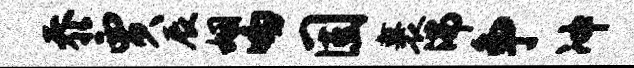
忝贾辰姻吻固裹沸争冲